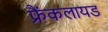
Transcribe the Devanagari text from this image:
फ्रैंकलायड